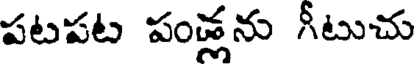
పటపట పండ్లను గీటుచు